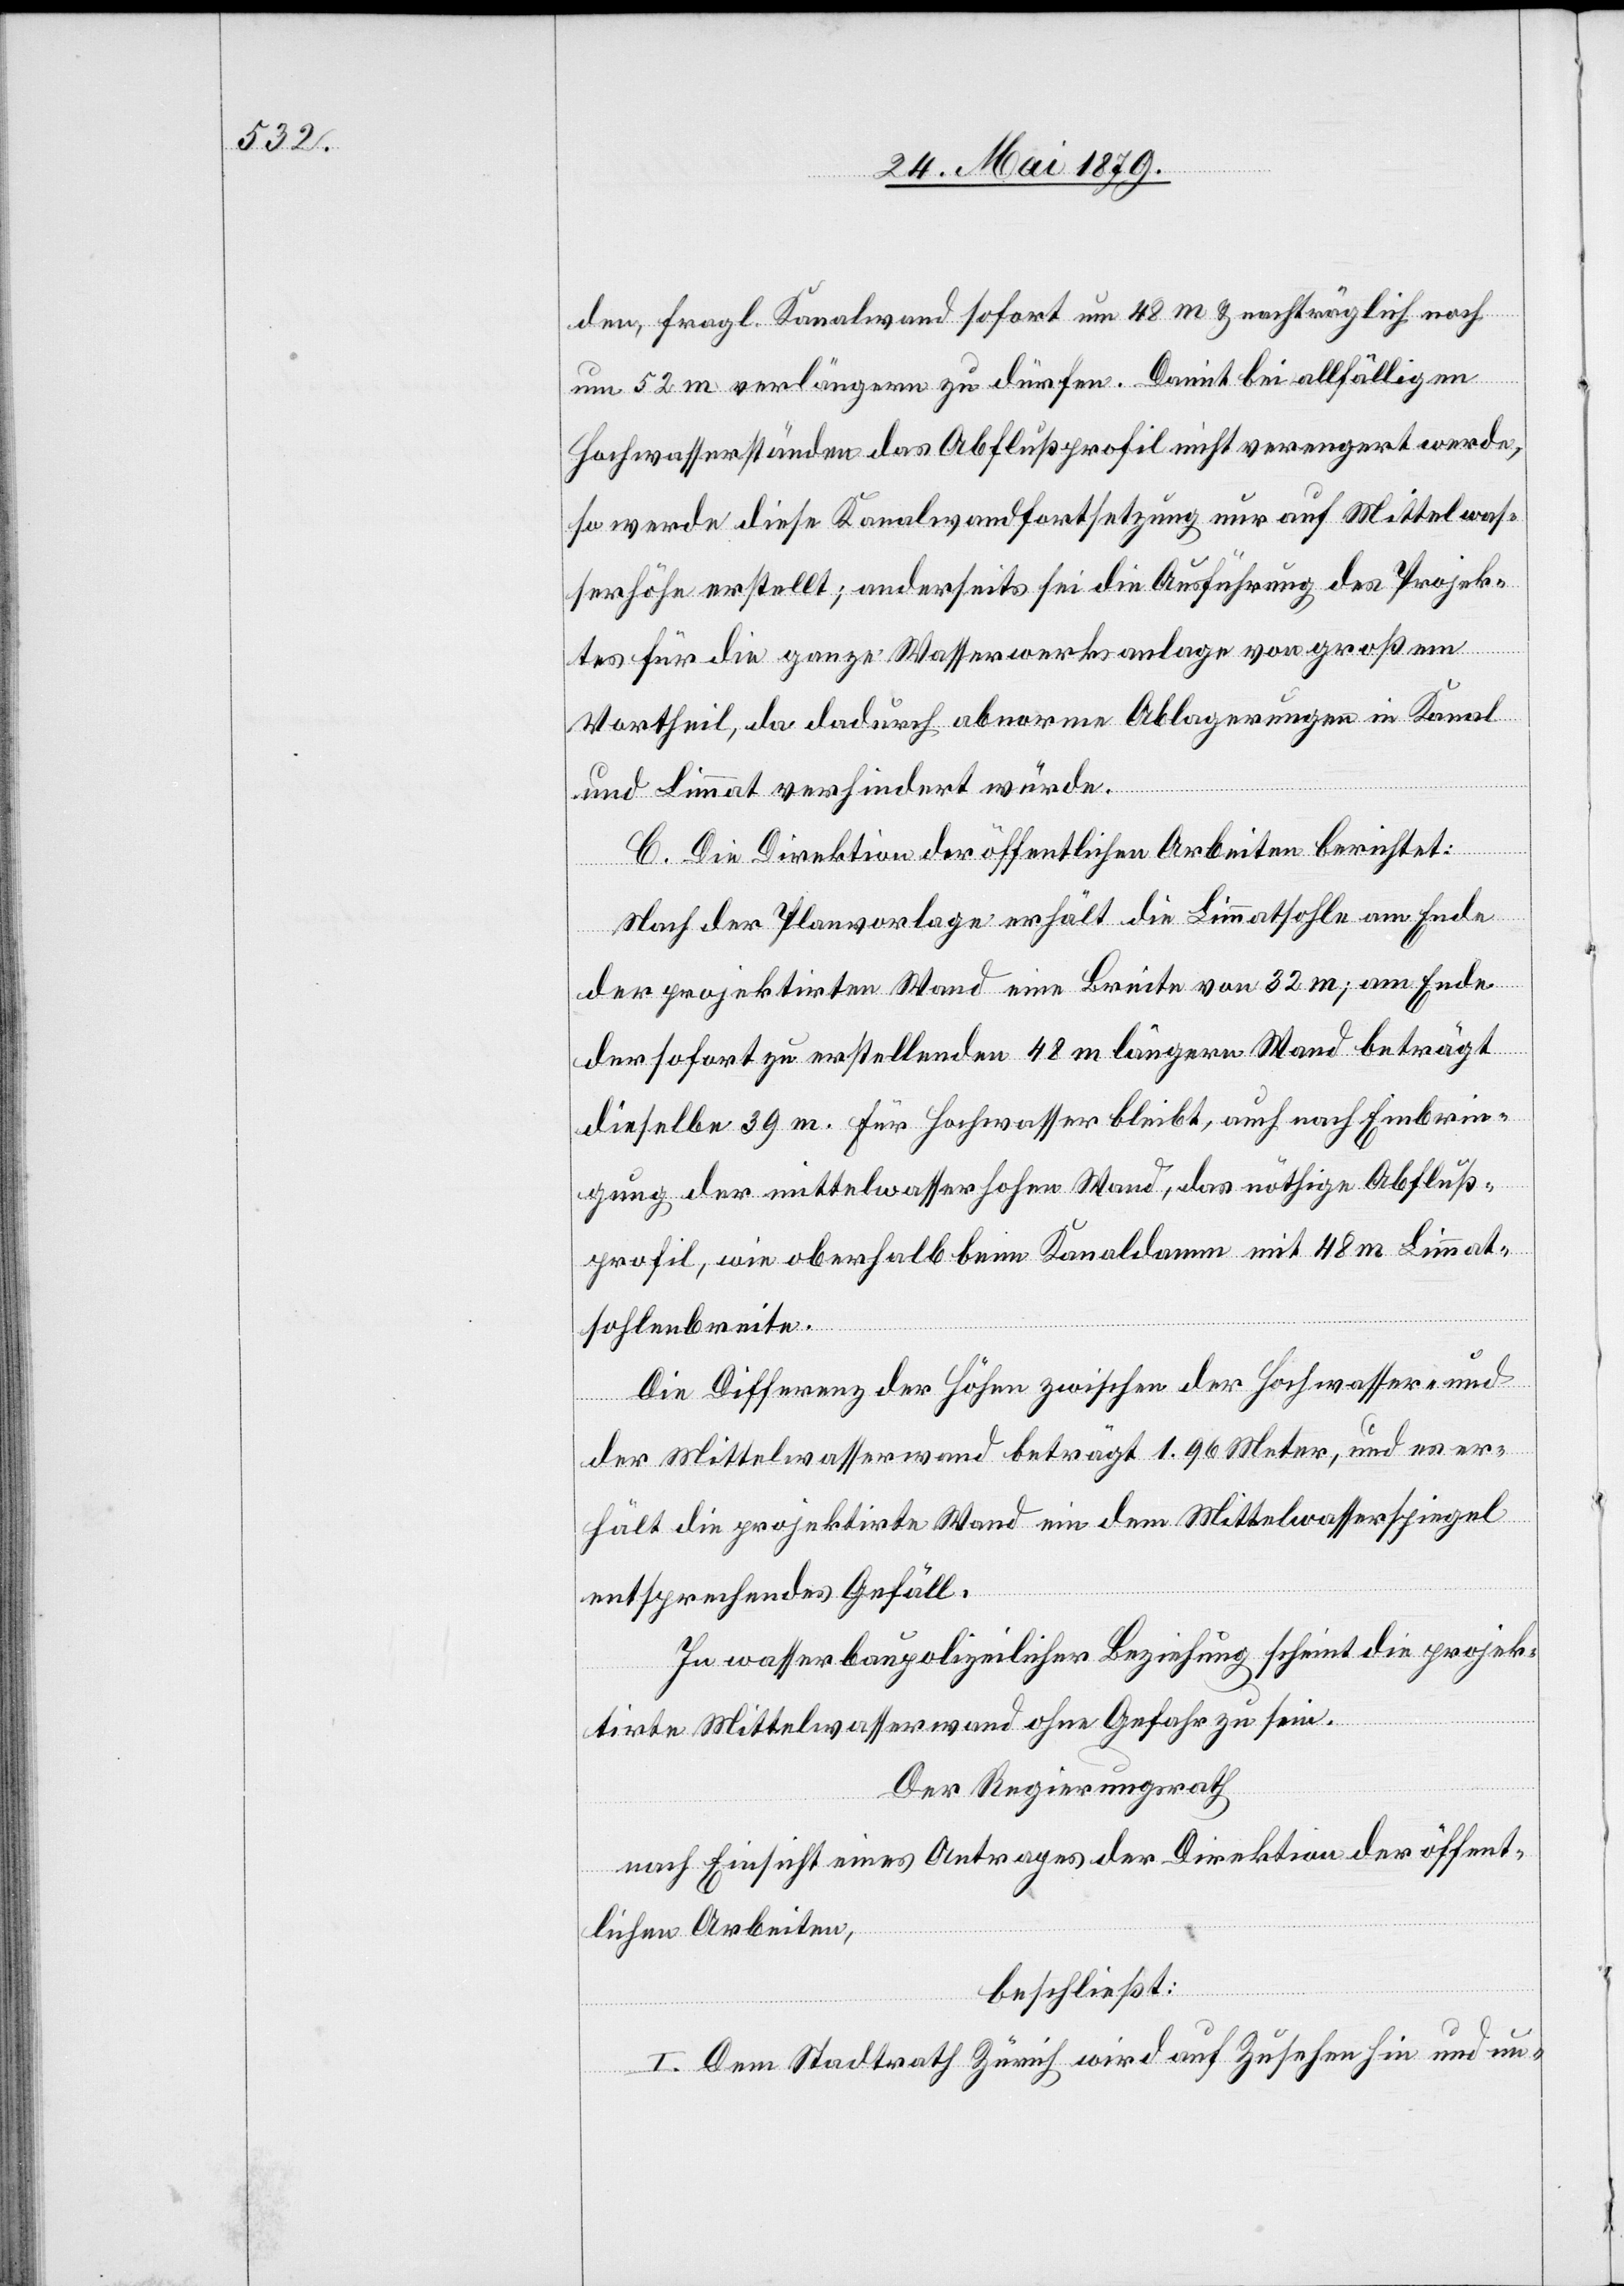
den, fragl. Kanalwand sofort um 45 m & nachträglich noch
um 52 m verlängern zu dürfen. Damit bei allfälligen
Hochwasserständen das Abflußprofil nicht verengert werde,
so werde diese Kanalwandfortsetzung nur auf Mittelwas¬
serhöhe erstellt; anderseits sei die Ausführung des Projek¬
tes für die ganze Wasserwerksanlage von großem
Vortheil, da dadurch abnorme Ablagerungen in Kanal
und Limmat verhindert würde[n].
C. Die Direktion der öffentlichen Arbeiten berichtet:
Nach der Planvorlage erhält die Limmatsohle am Ende
der projektirten Wand eine Breite von 32 m; am Ende
der sofort zu erstellenden 48 m längern Wand beträgt
dieselbe 39 m. Für Hochwasser bleibt, auch nach Einbrin¬
gung der mittelwasserhohen Wand, das nöthige Abfluß¬
profil, wie oberhalb beim Kanaldamm mit 48 m Limmat¬
sohlenbreite.
Die Differenz der Höhen zwischen der Hochwasser- und
der Mittelwasserwand beträgt 1.96 Meter, und es er¬
hält die projektirte Wand ein dem Mittelwasserspiegel
entsprechendes Gefäll.
In wasserbaupolizeilicher Beziehung scheint die projek¬
tirte Mittelwasserwand ohne Gefahr zu sein.
Der Regierungsrath
nach Einsicht eines Antrages der Direktion der öffent¬
lichen Arbeiten,
beschließt:
I. Dem Stadtrath Zürich wird auf Zusehen hin und un-